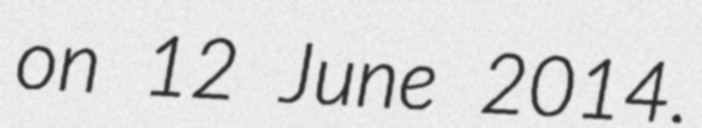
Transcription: on 12 June 2014.